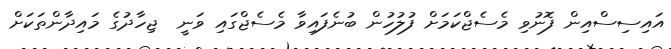
އައިސިސްއިން ފޮނުވި މެސެޖްކަމަށް ފުލުހުން ބުނެފައިވާ މެސެޖްގައި ވަނީ  ޖިހާދުގެ މައިދާންތަކަށް